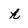
Character: h